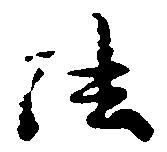
法